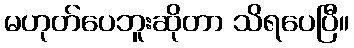
မဟုတ်ပေဘူးဆိုတာ သိရပေပြီ။